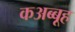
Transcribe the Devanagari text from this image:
कअब्बूह